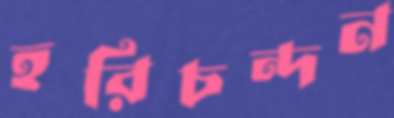
হরিচন্দন